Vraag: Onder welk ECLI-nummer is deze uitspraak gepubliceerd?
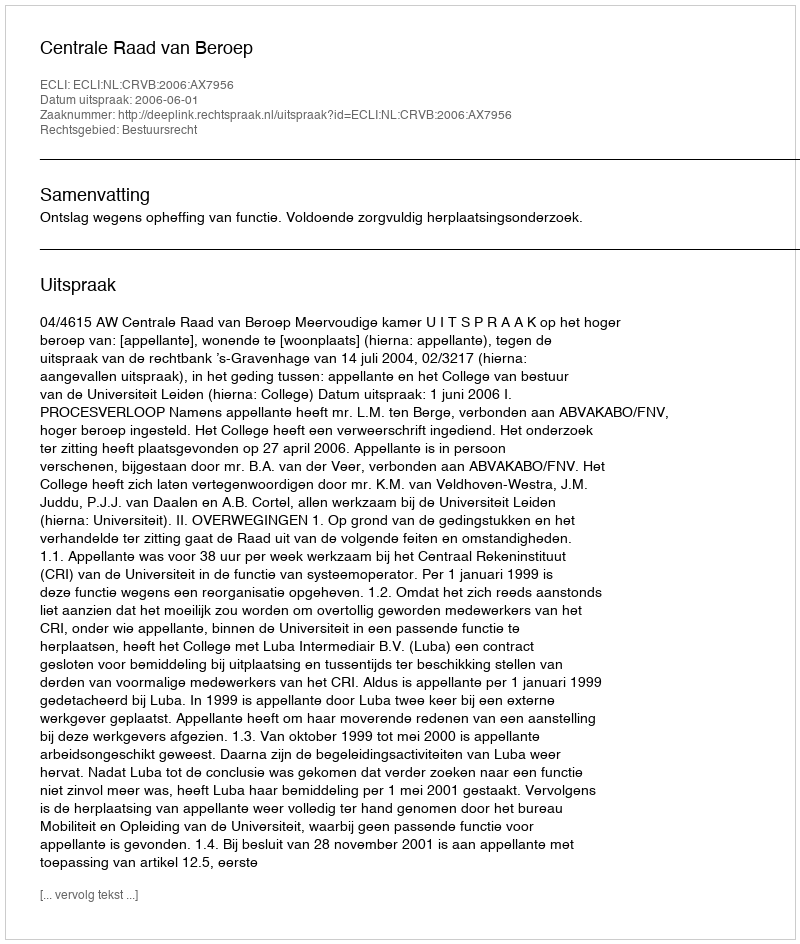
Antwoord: ECLI:NL:CRVB:2006:AX7956